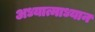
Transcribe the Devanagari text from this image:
अध्यात्माध्यान